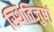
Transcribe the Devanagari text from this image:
स्थितिजुषां